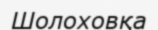
Шолоховқа